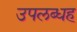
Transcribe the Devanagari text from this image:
उपलब्धह